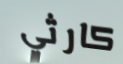
كارثي